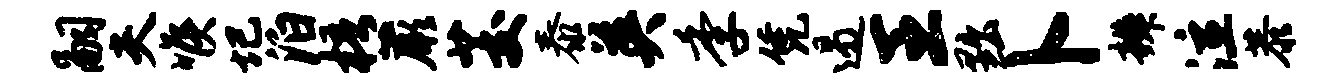
嗣夫喉圮泊梧蕨茭泰英季凭遏王黜卜辨泣恭